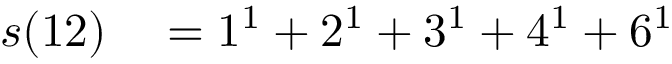
\begin{array} { r l } { s ( 1 2 ) } & { { } = 1 ^ { 1 } + 2 ^ { 1 } + 3 ^ { 1 } + 4 ^ { 1 } + 6 ^ { 1 } } \end{array}